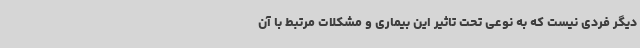
دیگر فردی نیست که به نوعی تحت تاثیر این بیماری و مشکلات مرتبط با آن